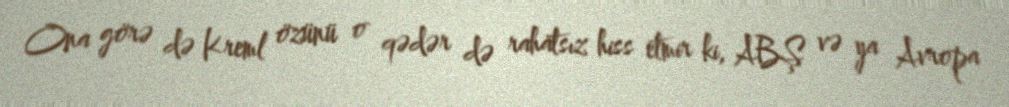
Ona görə də Kreml özünü o qədər də rahatsız hiss etmir ki, ABŞ və ya Avropa